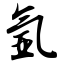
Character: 氩